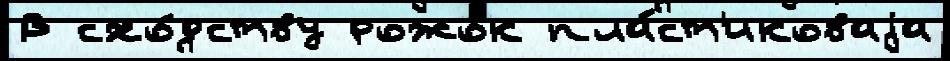
В схо́дству рожо́к пла́ст'иковаjа